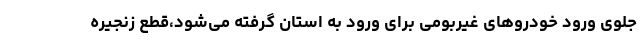
جلوی ورود خودروهای غیربومی برای ورود به استان گرفته می‌شود،قطع زنجیره